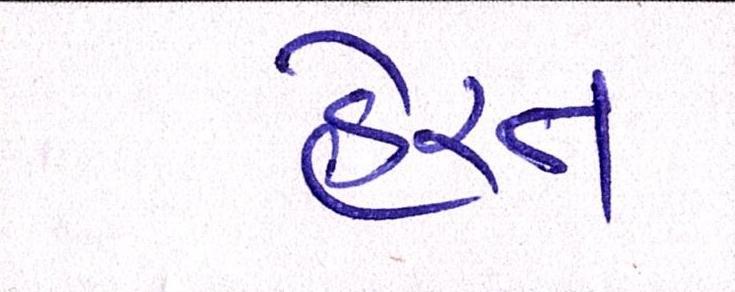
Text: હેરત